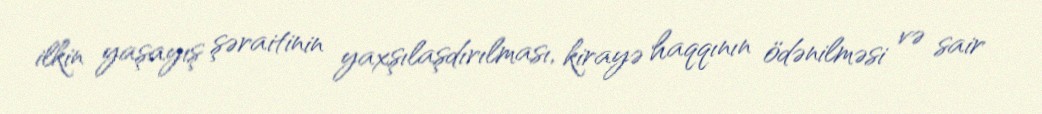
ilkin yaşayış şəraitinin yaxşılaşdırılması, kirayə haqqının ödənilməsi və sair